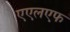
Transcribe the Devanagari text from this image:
एएलएफ